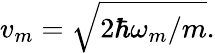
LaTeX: v_{m}=\sqrt{2\hbar\omega_{m}/m}.